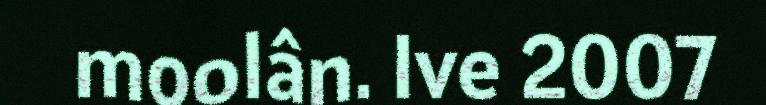
moolân. Ive 2007